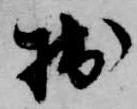
拙